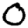
Digit: 0